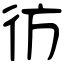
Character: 彷